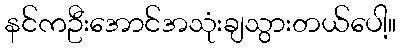
နင်ကဦးအောင်အသုံးချသွားတယ်ပေါ့။